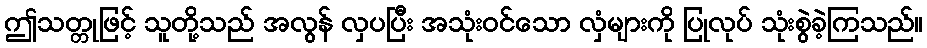
ဤသတ္တုဖြင့် သူတို့သည် အလွန် လှပပြီး အသုံးဝင်သော လှံများကို ပြုလုပ် သုံးစွဲခဲ့ကြသည်။